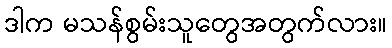
ဒါက မသန်စွမ်းသူတွေအတွက်လား။